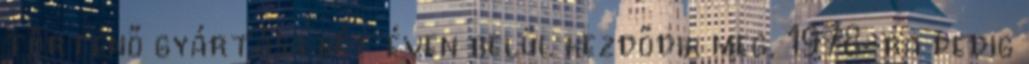
történő gyártása két éven belül kezdődik meg, 1978-ra pedig